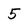
Character: 5